Cholera in southern India
Disease focus: Cholera
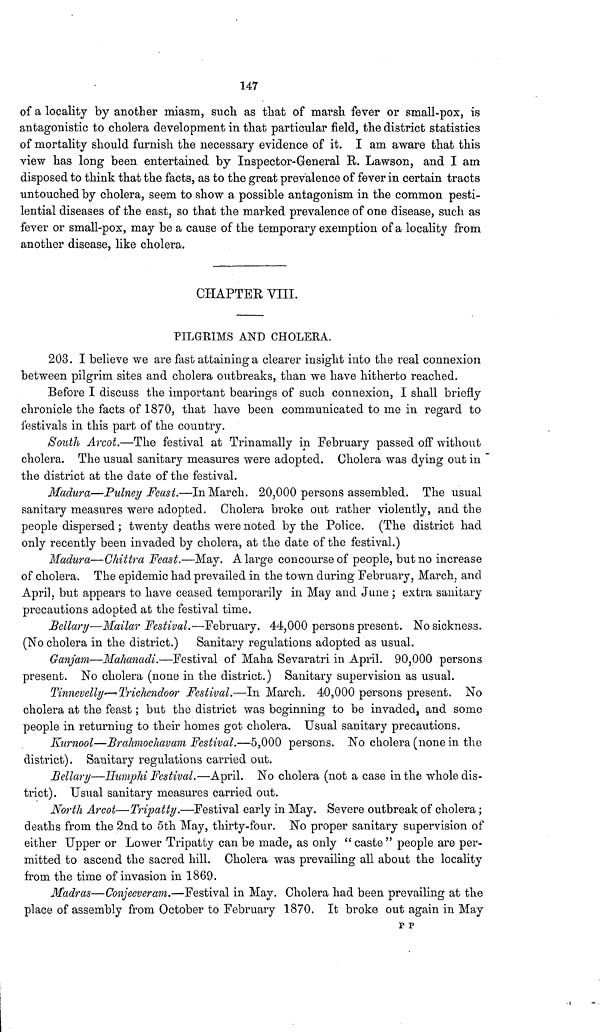
147
of a locality by another miasm, such as that of marsh fever or small-pox, is
antagonistic to cholera development in that particular field, the district statistics
of mortality should furnish the necessary evidence of it. I am aware that this
view has long been entertained by Inspector-General R. Lawson, and I am
disposed to think that the facts, as to the great prevalence of fever in certain tracts
untouched by cholera, seem to show a possible antagonism in the common pesti-
lential diseases of the east, so that the marked prevalence of one disease, such as
fever or small-pox, may be a cause of the temporary exemption of a locality from
another disease, like cholera.
CHAPTER VIII.
PILGRIMS AND CHOLERA.
203. I believe we are fast attaining a clearer insight into the real connexion
between pilgrim sites and cholera outbreaks, than we have hitherto reached.
Before I discuss the important bearings of such connexion, I shall briefly
chronicle the facts of 1870, that have been communicated to me in regard to
festivals in this part of the country.
South Arcot.—The festival at Trinamally in February passed off without
cholera. The usual sanitary measures were adopted. Cholera was dying out in
the district at the date of the festival.
Madura—Pulney Feast.—In March. 20,000 persons assembled. The usual
sanitary measures were adopted. Cholera broke out rather violently, and the
people dispersed ; twenty deaths were noted by the Police. (The district had
only recently been invaded by cholera, at the date of the festival.)
Madura—Ghittra Feast.—May. A large concourse of people, but no increase
of cholera. The epidemic had prevailed in the town during February, March, and
April, but appears to have ceased temporarily in May and June ; extra sanitary
precautions adopted at the festival time.
Bellary—Mailar Festival.—February. 44,000 persons present. No sickness.
(No cholera in the district.) Sanitary regulations adopted as usual.
Ganjam—Mahanadi.—Festival of Maha Sevaratri in April. 90,000 persons
present. No cholera (none in the district.) Sanitary supervision as usual.
Tinnevelly-—Trichendoor Festival.—In March. 40,000 persons present. No
cholera at the feast ; but the district was beginning to be invaded, and some
people in returning to their homes got cholera. Usual sanitary precautions.
Kurnool—Brahmochavam Festival.—5,000 persons. No cholera (none in the
district). Sanitary regulations carried out.
Bellary—Humphi Festival.—April. No cholera (not a case in the whole dis-
trict). Usual sanitary measures carried out.
North Arcot—Tripatty.—Festival early in May. Severe outbreak of cholera ;
deaths from the 2nd to 5th May, thirty-four. No proper sanitary supervision of
either Upper or Lower Tripatty can be made, as only " caste " people are per-
mitted to ascend the sacred hill. Cholera was prevailing all about the locality
from the time of invasion in 1869.
Madras—Conjeeveram.—Festival in May. Cholera had been prevailing at the
place of assembly from October to February 1870. It broke out again in May
p p